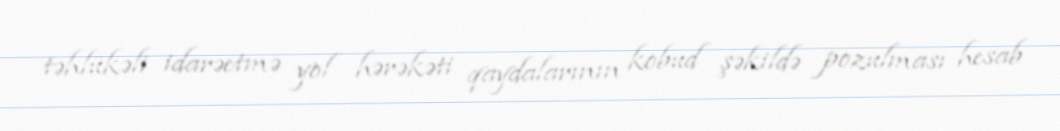
təhlükəli idarəetmə yol hərəkəti qaydalarının kobud şəkildə pozulması hesab